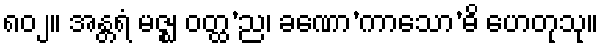
၈၀၂။ အန္တရံ မဇ္ဈ ဝတ္ထ’ည၊ ခဏော’ကာသော’ဓိ ဟေတုသု။